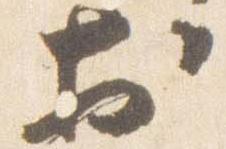
於